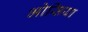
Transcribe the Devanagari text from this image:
भोसिया